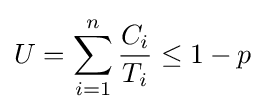
U=\sum _{i=1}^{n}{\frac {C_{i}}{T_{i}}}\leq {1-p}